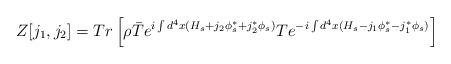
LaTeX: \begin{align*}Z[j_{1},j_{2}] = Tr\left[\rho\bar{T}{e^{i\int d^4x(H_{s}+j_{2}\phi^*_{s}+j_{2}^*\phi_{s})}} T{e^{-i\int d^4x(H_{s}-j_{1}\phi^{\ast}_{s}-j_{1}^{\ast}\phi_{s})}}\right] \end{align*}